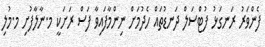
ފެންވަރު ރަނގަޅު ފުޓްސަލް ދަނޑުތައް ހެދުމަށް ނިންމާފައިވާ ފަސް ރަށަކީ މ.ނާލާފުށި މ.މުލި